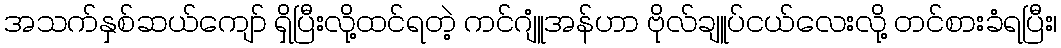
အသက်နှစ်ဆယ်ကျော် ရှိပြီးလို့ထင်ရတဲ့ ကင်ဂျူံအန်ဟာ ဗိုလ်ချူပ်ငယ်လေးလို့ တင်စားခံရပြီး၊